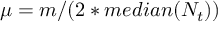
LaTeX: \mu = m / ( 2 * m e d i a n ( N _ { t } ) )